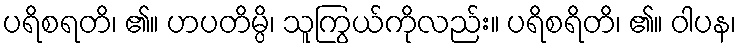
ပရိစရတိ၊ ၏။ ဟပတိမ္ပိ၊ သူကြွယ်ကိုလည်း။ ပရိစရိတိ၊ ၏။ ဝါပန၊